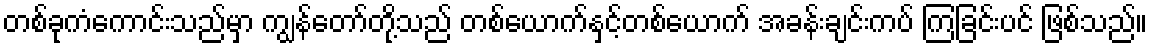
တစ်ခုကံကောင်းသည်မှာ ကျွန်တော်တို့သည် တစ်ယောက်နှင့်တစ်ယောက် အခန်းချင်းကပ် ကြခြင်းပင် ဖြစ်သည်။